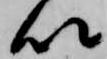
以